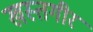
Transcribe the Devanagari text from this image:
खस्तगीर